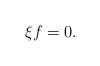
LaTeX: \begin{align*}\xi f=0.\end{align*}